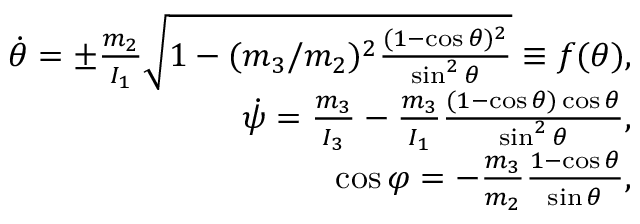
\begin{array} { r } { \dot { \theta } = \pm \frac { m _ { 2 } } { I _ { 1 } } \sqrt { 1 - ( m _ { 3 } / m _ { 2 } ) ^ { 2 } \frac { ( 1 - \cos \theta ) ^ { 2 } } { \sin ^ { 2 } \theta } } \equiv f ( \theta ) , } \\ { \dot { \psi } = \frac { m _ { 3 } } { I _ { 3 } } - \frac { m _ { 3 } } { I _ { 1 } } \frac { ( 1 - \cos \theta ) \cos \theta } { \sin ^ { 2 } \theta } , } \\ { \cos \varphi = - \frac { m _ { 3 } } { m _ { 2 } } \frac { 1 - \cos \theta } { \sin \theta } , } \end{array}